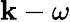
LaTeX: \mathbf{k}-\omega